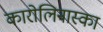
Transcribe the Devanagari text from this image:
कारोलिनास्का